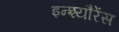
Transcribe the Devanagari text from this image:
इन्श्यौरेंस